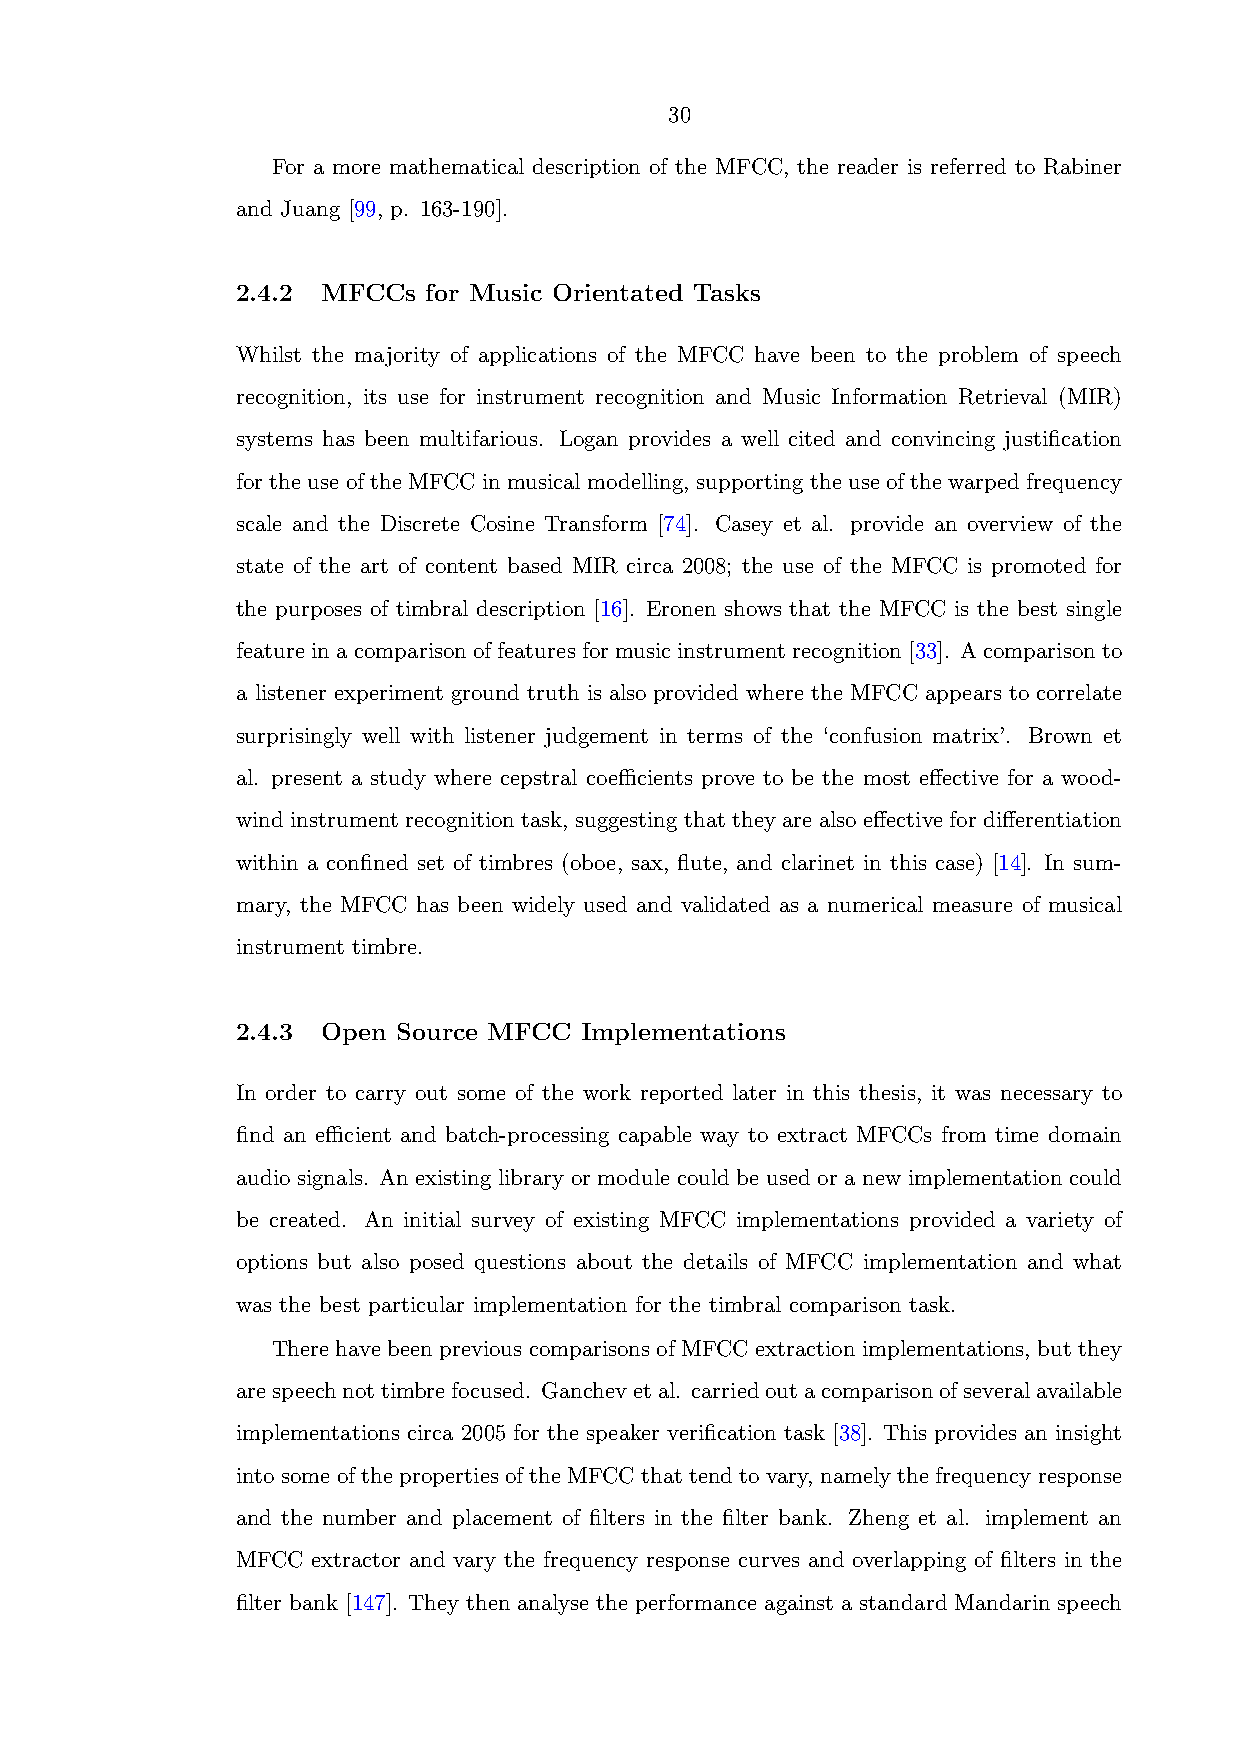
30
 For a more mathematical description of the MFCC, the reader is referred to Rabiner
 and Juang [99, p. 163-190].
 2.4.2 MFCCs for Music Orientated Tasks
 Whilst the majority of applications of the MFCC have been to the problem of speech
 recognition, its use for instrument recognition and Music Information Retrieval (MIR)
 systems has been multifarious. Logan provides a well cited and convincing justification
 for the use of the MFCC in musical modelling, supporting the use of the warped frequency
 scale and the Discrete Cosine Transform [74]. Casey et al. provide an overview of the
 state of the art of content based MIR circa 2008; the use of the MFCC is promoted for
 the purposes of timbral description [16]. Eronen shows that the MFCC is the best single
 feature in a comparison of features for music instrument recognition [33]. A comparison to
 a listener experiment ground truth is also provided where the MFCC appears to correlate
 surprisingly well with listener judgement in terms of the ‘confusion matrix’. Brown et
 al. present a study where cepstral coefficients prove to be the most effective for a wood-
 wind instrument recognition task, suggesting that they are also effective for differentiation
 within a confined set of timbres (oboe, sax, flute, and clarinet in this case) [14]. In sum-
 mary, the MFCC has been widely used and validated as a numerical measure of musical
 instrument timbre.
 2.4.3 Open Source MFCC Implementations
 In order to carry out some of the work reported later in this thesis, it was necessary to
 find an efficient and batch-processing capable way to extract MFCCs from time domain
 audio signals. An existing library or module could be used or a new implementation could
 be created. An initial survey of existing MFCC implementations provided a variety of
 options but also posed questions about the details of MFCC implementation and what
 was the best particular implementation for the timbral comparison task.
 There have been previous comparisons of MFCC extraction implementations, but they
 arespeechnottimbrefocused. Ganchevetal. carriedoutacomparisonofseveralavailable
 implementations circa 2005 for the speaker verification task [38]. This provides an insight
 into some of the properties of the MFCC that tend to vary, namely the frequency response
 and the number and placement of filters in the filter bank. Zheng et al. implement an
 MFCC extractor and vary the frequency response curves and overlapping of filters in the
 filter bank [147]. They then analyse the performance against a standard Mandarin speech